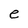
Character: e